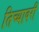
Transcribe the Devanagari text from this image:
तिच्यावरी